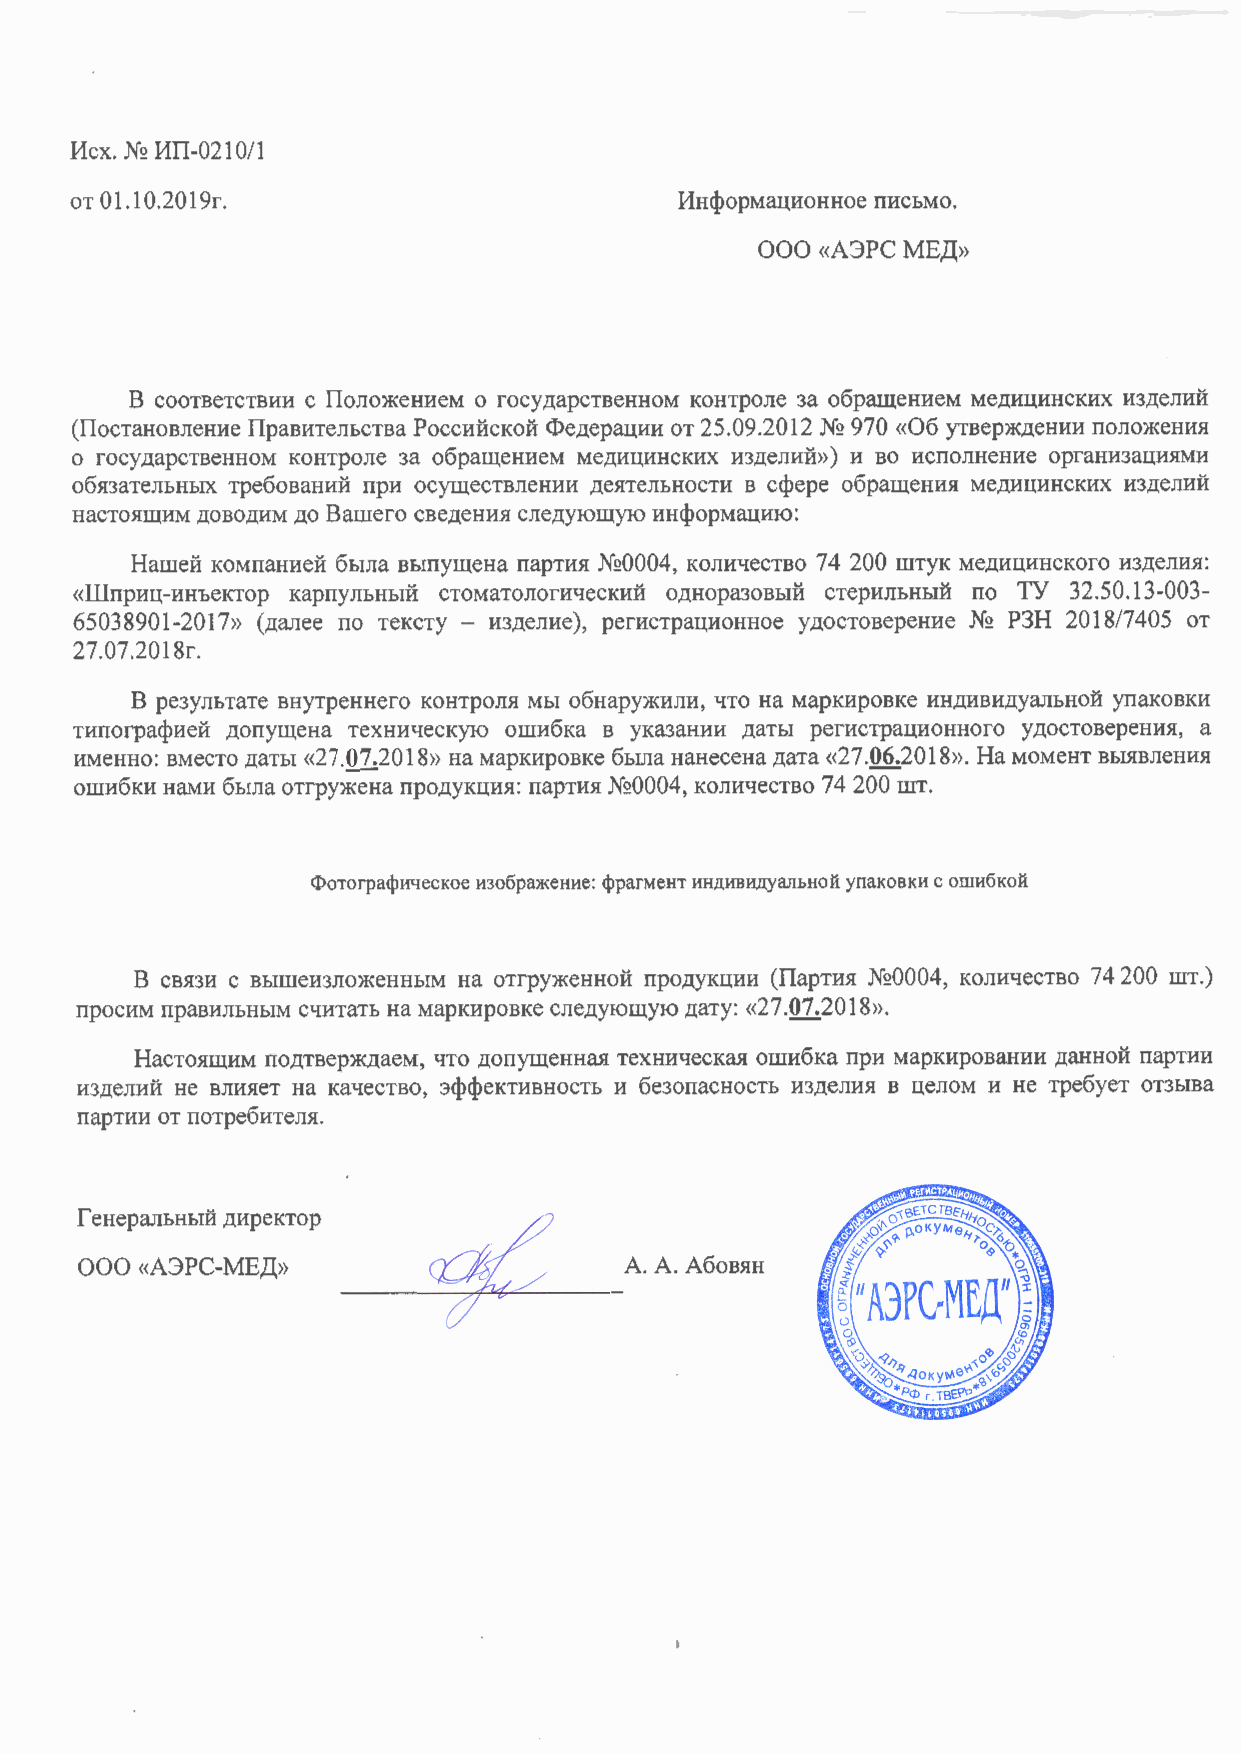
Исх. № ИП-0210/1
 от 01.10.2019г.                         Информационное письмо.
 ООО «АЭРС МЕД»
 В соответствии с Положением о государственном контроле за обращением медицинских изделий
 (Постановление Правительства Российской Федерации от 25.09.2012 № 970 «Об утверждении положения
 о государственном контроле за обращением медицинских изделий») и во исполнение организациями
 обязательных требований при осуществлении деятельности в сфере обращения медицинских изделий
 настоящим доводим до Вашего сведения следующую информацию:
 Нашей компанией была выпущена партия №0004, количество 74 200 штук медицинского изделия:
 «Шприц-инъектор карпульный стоматологический одноразовый стерильный по ТУ 32.50.13-003-
 65038901-2017» (далее по тексту - изделие), регистрационное удостоверение № РЗН 2018/7405 от
 27.07.2018г.
 В результате внутреннего контроля мы обнаружили, что на маркировке индивидуальной упаковки
 типографией допущена техническую ошибка в указании даты регистрационного удостоверения, а
 именно: вместо даты «27.07.2018» на маркировке была нанесена дата «27.06.2018». На момент выявления
 ошибки нами была отгружена продукция: партия №0004, количество 74 200 шт.
 Фотографическое изображение: фрагмент индивидуальной упаковки с ошибкой
 В связи с вышеизложенным на отгруженной продукции (Партия №0004, количество 74 200 шт.)
 просим правильным считать на маркировке следующую дату: «27.07.2018».
 Настоящим подтверждаем, что допущенная техническая ошибка при маркировании данной партии
 изделий не влияет на качество, эффективность и безопасность изделия в целом и не требует отзыва
 партии от потребителя.
 Генеральный директор
 ООО «АЭРС-МЕД»                      А. А. Абовян